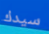
سيدك